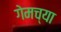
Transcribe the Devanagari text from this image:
गेमच्या